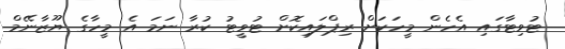
ޓުވިޓާގައި އެހެން މީހަކަށް ރިޕްލައިކޮށް ޓުވީޓު ކުރާ ނަމަ އެ މީހާގެ ޔޫޒާނޭމް